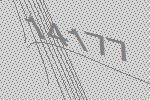
14177